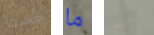
حسنا ما أحد